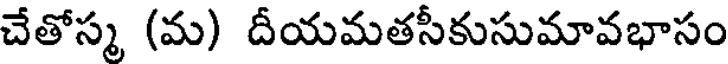
చేతోస్మ (మ) దీయమతసీకుసుమావభాసం